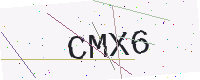
Text: CMX6